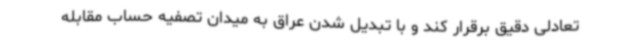
تعادلی دقیق برقرار کند و با تبدیل شدن عراق به میدان تصفیه حساب مقابله